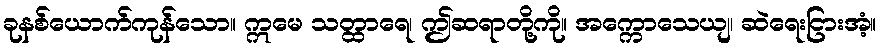
ခုနစ်ယောက်ကုန်သော။ ဣမေ သတ္ထာရေ၊ ဤဆရာတို့ကို။ အက္ကောသေယျ၊ ဆဲရေးငြားအံ့။